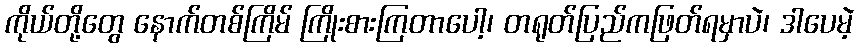
ကိုယ်တို့တွေ နောက်တစ်ကြိမ် ကြိုးစားကြတာပေါ့၊ တရုတ်ပြည်ကဖြတ်ရမှာပဲ၊ ဒါပေမဲ့